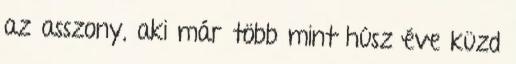
az asszony, aki már több mint húsz éve küzd